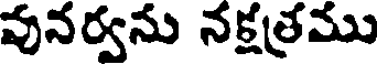
వునర్వను నక్షత్రము